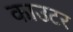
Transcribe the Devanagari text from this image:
काउटर